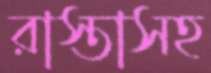
রাস্তাসহ